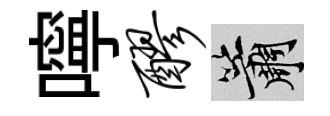
嚀醪簫